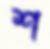
শ